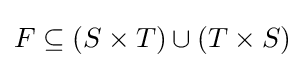
F\subseteq (S\times T)\cup (T\times S)